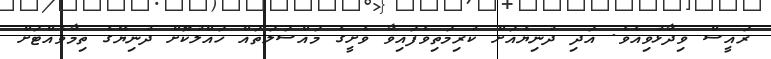
ރައީސް ވިދާޅުވިއެވެ. އަދި ދުނިޔެއަށް ކުރިމަތިވެފައިވާ ވެށީގެ މައްސަލަތައް ހައްލުކޮށް ދުނިޔޭގެ ތިމާވެއްޓަށް